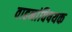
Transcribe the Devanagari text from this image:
वाहनांविषयक